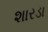
શારડા